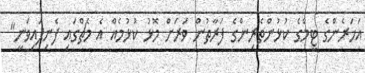
އަހަރެންގެ ޓީމްގެ ކުޅުންތެރިންގެ ފަރާތުން ވަރަށް މޮޅު ކުޅުމެއް އެ މެޗްގައި ފެނިފައިވަނީ"